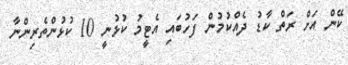
ކޭން އަށް ރަތް ކާޑު ދެއްކުމުން ފަހުބައި އެޓީމު ކުޅުނީ 10 ކުޅުންތެރިންނާ